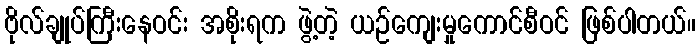
ဗိုလ်ချုပ်ကြီးနေဝင်း အစိုးရက ဖွဲ့တဲ့ ယဉ်ကျေးမှုကောင်စီဝင် ဖြစ်ပါတယ်။